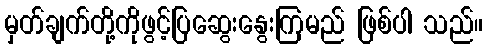
မှတ်ချက်တို့ကိုဖွင့်ပြဆွေးနွေးကြမည် ဖြစ်ပါ သည်။